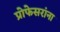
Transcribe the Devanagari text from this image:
प्रोफेसरांना